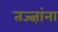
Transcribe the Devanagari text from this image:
तज्‍ज्ञांना